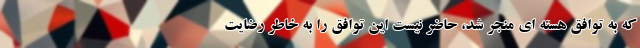
که به توافق هسته ای منجر شد، حاضر نیست این توافق را به خاطر رضایت